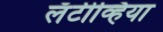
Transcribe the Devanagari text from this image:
लॅटीव्हिया